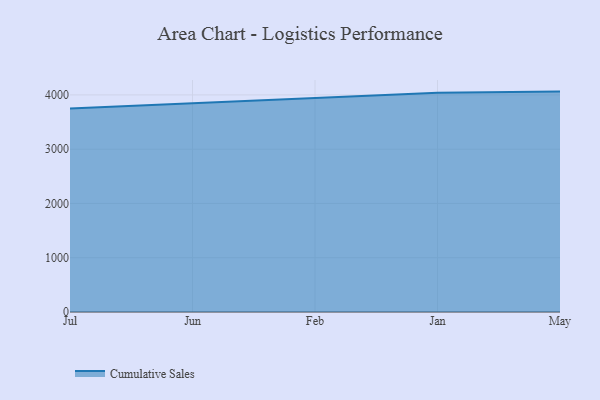
{"axis": {"x": "Month", "y": "Website Visitors"}, "legend": ["Cumulative Sales"], "data": [{"x": "Jul", "y": 3748.1, "type": "Cumulative Sales"}, {"x": "Jun", "y": 3849.8, "type": "Cumulative Sales"}, {"x": "Feb", "y": 3947.7, "type": "Cumulative Sales"}, {"x": "Jan", "y": 4040.9, "type": "Cumulative Sales"}, {"x": "May", "y": 4061.1, "type": "Cumulative Sales"}]}